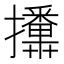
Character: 𭣏